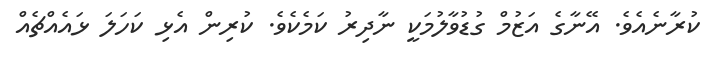
ކުރާނެއެވެ. އޭނާގެ އަޒުމް ގުޑުވާލުމަކީ ނާދިރު ކަމެކެވެ. ކުރިން އެޅި ކަހަލަ ޅައެއްޗެއް